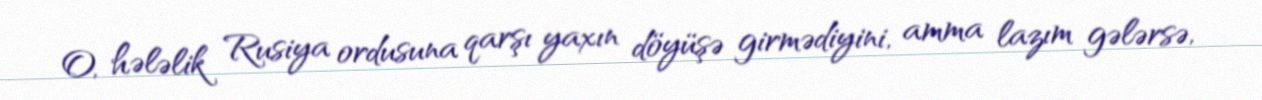
O, hələlik Rusiya ordusuna qarşı yaxın döyüşə girmədiyini, amma lazım gələrsə,